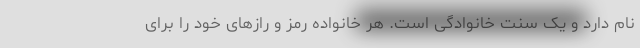
نام دارد و یک سنت خانوادگی است. هر خانواده رمز و رازهای خود را برای